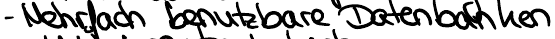
- Mehrfach benutzbare Datenbanken